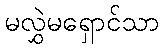
မလွှဲမရှောင်သာ